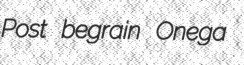
Post begrain Onega